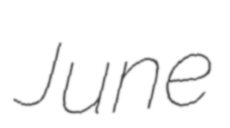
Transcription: June